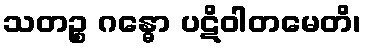
သတဉ္စ ဂန္ဓော ပဋိဝါတမေတိ၊